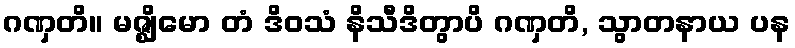
ဂဏှတိ။ မဇ္ဈိမော တံ ဒိဝသံ နိသီဒိတွာပိ ဂဏှတိ, သွာတနာယ ပန